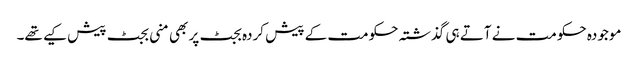
موجودہ حکومت نے آتے ہی گذشتہ حکومت کے پیش کردہ بجٹ پر بھی منی بجٹ پیش کیے تھے۔